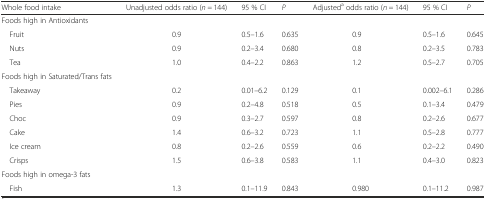
| Whole food intake | Unadjusted odds ratio (n = 144) | 95 % CI | P | Adjusteda odds ratio (n = 144) | 95 % CI | P |
 | --- | --- | --- | --- | --- | --- | --- |
 | Foods high in Antioxidants |  |  |  |  |  |  |
 | Fruit | 0.9 | 0.5–1.6 | 0.635 | 0.9 | 0.5–1.6 | 0.645 |
 | Nuts | 0.9 | 0.2–3.4 | 0.680 | 0.8 | 0.2–3.5 | 0.783 |
 | Tea | 1.0 | 0.4–2.2 | 0.863 | 1.2 | 0.5–2.7 | 0.705 |
 | Foods high in Saturated/Trans fats |  |  |  |  |  |  |
 | Takeaway | 0.2 | 0.01–6.2 | 0.129 | 0.1 | 0.002–6.1 | 0.286 |
 | Pies | 0.9 | 0.2–4.8 | 0.518 | 0.5 | 0.1–3.4 | 0.479 |
 | Choc | 0.9 | 0.3–2.7 | 0.597 | 0.8 | 0.2–2.6 | 0.677 |
 | Cake | 1.4 | 0.6–3.2 | 0.723 | 1.1 | 0.5–2.8 | 0.777 |
 | Ice cream | 0.8 | 0.2–2.6 | 0.559 | 0.6 | 0.2–2.2 | 0.490 |
 | Crisps | 1.5 | 0.6–3.8 | 0.583 | 1.1 | 0.4–3.0 | 0.823 |
 | Foods high in omega-3 fats |  |  |  |  |  |  |
 | Fish | 1.3 | 0.1–11.9 | 0.843 | 0.980 | 0.1–11.2 | 0.987 |